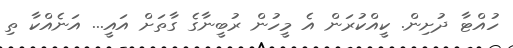
ހުއްޓާ ދުށިން. ކީއްކުރަން އެ މީހުން ރުބީނާގެ ގާތަށް އައީ... އަނެއްކާ ތި